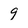
Character: 9